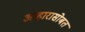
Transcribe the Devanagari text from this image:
आहारासोबत